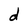
Character: d